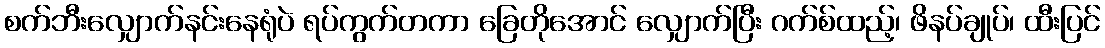
စက်ဘီးလျှောက်နင်းနေရုံပဲ ရပ်ကွက်တကာ ခြေတိုအောင် လျှောက်ပြီး ဂက်စ်ထည့်၊ ဖိနပ်ချုပ်၊ ထီးပြင်